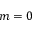
m = 0